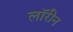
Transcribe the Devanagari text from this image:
लॉरीन